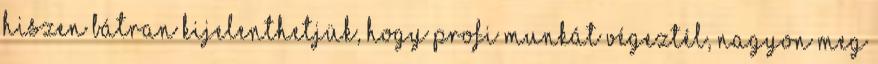
hiszen bátran kijelenthetjük, hogy profi munkát végeztél, nagyon meg